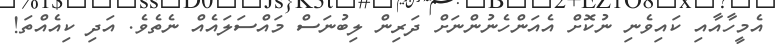
އެމީހާއާއި ކައިވެނި ނުކޮށް އެއަންހެނުންނަށް ދަރިން ލިބުނަސް މައްސަލައެއް ނެތެވެ. އަދި ކިއެއްތަ!